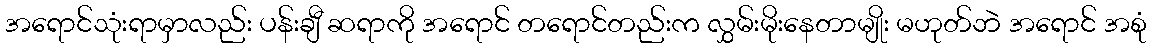
အရောင်သုံးရာမှာလည်း ပန်းချီ ဆရာကို အရောင် တရောင်တည်းက လွှမ်းမိုးနေတာမျိုး မဟုတ်ဘဲ အရောင် အစုံ